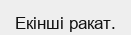
Екінші ракат.